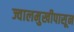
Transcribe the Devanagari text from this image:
ज्वालमुखीपासून